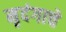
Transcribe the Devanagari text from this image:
मृदंगाचे